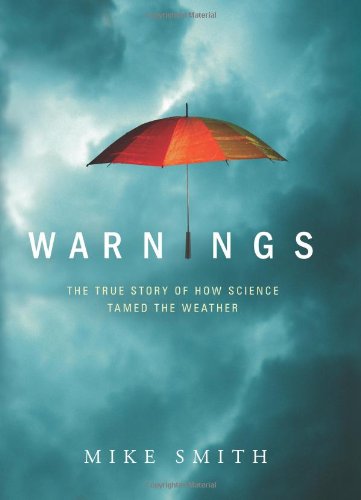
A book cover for Warnings: The True Story of How Science Tamed the Weather; Mike Smith; Science & Math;